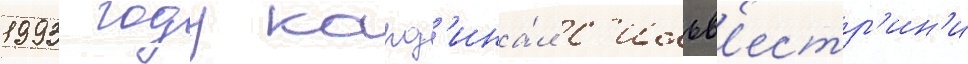
1993 году кард'ина́л с'ильв'естр'ин'и